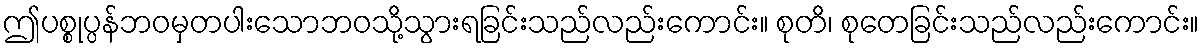
ဤပစ္စုပ္ပန်ဘဝမှတပါးသောဘဝသို့သွားရခြင်းသည်လည်းကောင်း။ စုတိ၊ စုတေခြင်းသည်လည်းကောင်း။